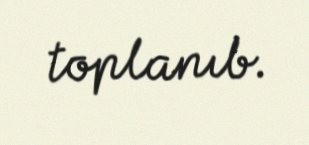
toplanıb.